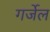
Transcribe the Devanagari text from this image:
गर्जेल